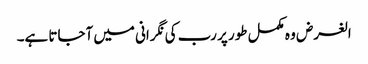
الغرض وہ مکمل طور پر رب کی نگرانی میں آجاتا ہے۔